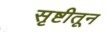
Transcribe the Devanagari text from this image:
सृष्टीतून